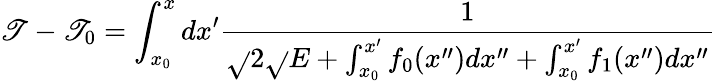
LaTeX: \mathscr{T}-\mathscr{T}_{0}=\int_{x_{0}}^{x}dx^{\prime}\frac{{1}}{{\sqrt{}{{2}}\sqrt{}{{E+\int_{x_{0}}^{x^{\prime}}f_{0}(x^{\prime\prime})dx^{\prime\prime}+\int_{x_{0}}^{x^{\prime}}f_{1}(x^{\prime\prime})dx^{\prime\prime}}}}}